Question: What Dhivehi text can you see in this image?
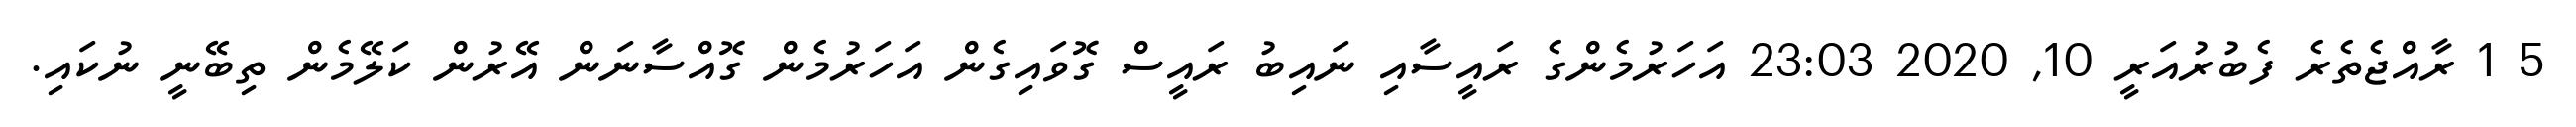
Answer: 5 1 ރާއްޖެތެރެ ފެބުރުއަރީ 10, 2020 23:03 އަހަރުމެންގެ ރައީސާއި ނައިބު ރައީސް ގޮވައިގެން އަހަރުމެން ގޮއްސާނަން އޭރުން ކަލޭމެން ތިބޭނީ ނުކައި.